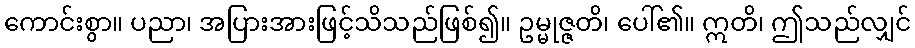
ကောင်းစွာ။ ပညာ၊ အပြားအားဖြင့်သိသည်ဖြစ်၍။ ဥမ္မုဇ္ဇတိ၊ ပေါ်၏။ ဣတိ၊ ဤသည်လျှင်